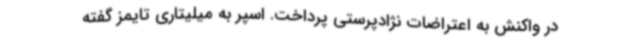
در واکنش به اعتراضات نژادپرستی پرداخت. اسپر به میلیتاری تایمز گفته